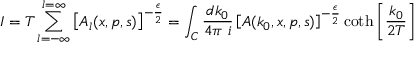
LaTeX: I = T \sum _ { l = - \infty } ^ { l = \infty } \left[ A _ { l } ( x , p , s ) \right] ^ { - \frac { \epsilon } { 2 } } = \int _ { C } \frac { d k _ { 0 } } { 4 \pi ~ i } \left[ A ( k _ { 0 } , x , p , s ) \right] ^ { - \frac { \epsilon } { 2 } } \coth \left[ \frac { k _ { 0 } } { 2 T } \right]